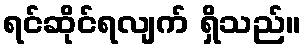
ရင်ဆိုင်ရလျက် ရှိသည်။